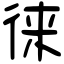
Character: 徕